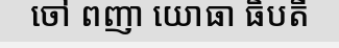
ចៅ ពញា យោធា ធិបតី